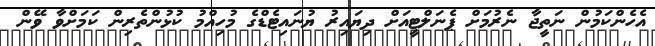
އެހެންކަމުން ނަތީޖާ ނެރުމަށް ޕެނަލްޓީއަށް ދިޔައިރު ޔުނައިޓެޑްގެ މުހިއްމު ކުޅުންތެރިން ކަމަށްވާ ވޭން